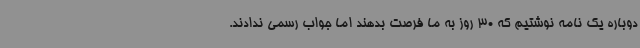
دوباره یک نامه نوشتیم که 30 روز به ما فرصت بدهند اما جواب رسمی ندادند.